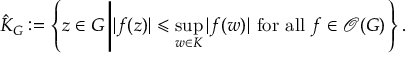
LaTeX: { \hat { K } } _ { G } : = \left\{ z \in G \left| | f ( z ) | \leqslant \operatorname* { s u p } _ { w \in K } | f ( w ) | { \mathrm { ~ f o r ~ a l l ~ } } f \in { \mathcal { O } } ( G ) \right. \right\} .